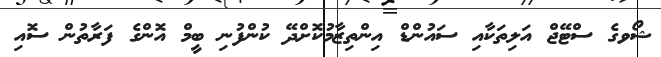
ޝޯވގެ ސްޓޭޖް އަލިތަކާއި ސައުންޑް އިންތިޒާމުކޮށްދޭ ކުންފުނި ބީމް އޮންގެ ފަރާތުން ސޮއި